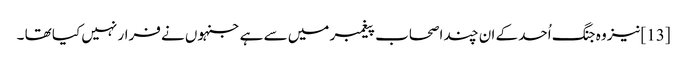
[13]نیز وہ جنگ اُحد کے ان چند اصحاب پیغمبر میں سے ہے جنہوں نے فرار نہیں کیا تھا ۔